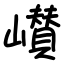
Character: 㠝